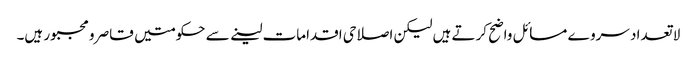
لا تعدا د سروے مسائل واضح کرتے ہیں لیکن اصلاحی اقدامات لینے سے حکومتیں قاصر و مجبور ہیں۔